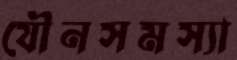
যৌনসমস্যা